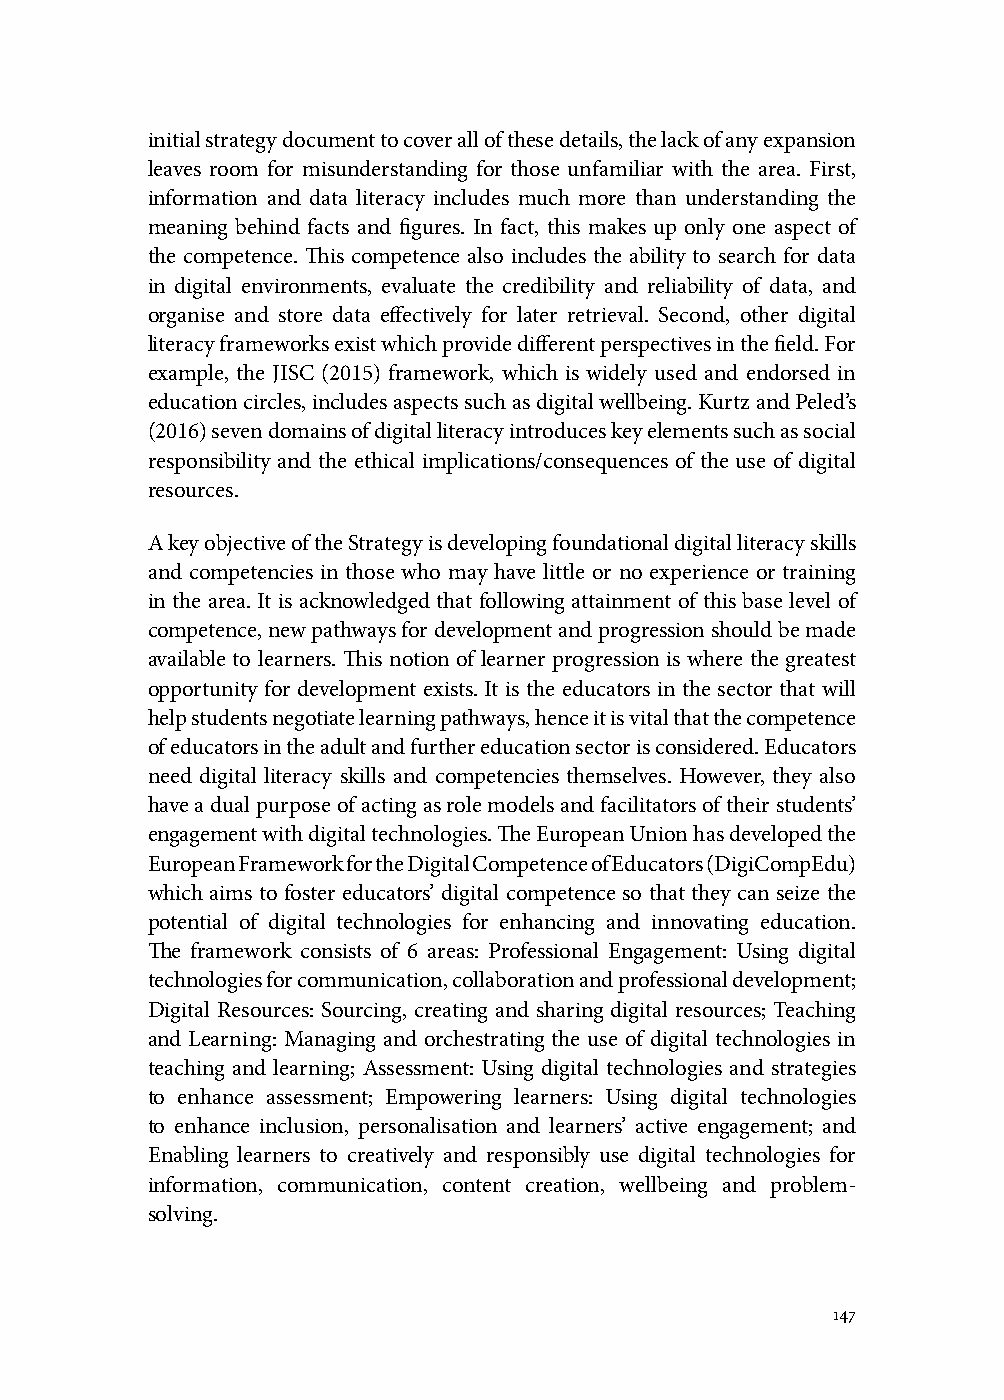
initial strategy document to cover all of these details, the lack of any expansion
 leaves room for misunderstanding for those unfamiliar with the area. First,
 information and data literacy includes much more than understanding the
 meaning behind facts and figures. In fact, this makes up only one aspect of
 the competence. This competence also includes the ability to search for data
 in digital environments, evaluate the credibility and reliability of data, and
 organise and store data effectively for later retrieval. Second, other digital
 literacy frameworks exist which provide different perspectives in the field. For
 example, the JISC (2015) framework, which is widely used and endorsed in
 education circles, includes aspects such as digital wellbeing. Kurtz and Peled’s
 (2016) seven domains of digital literacy introduces key elements such as social
 responsibility and the ethical implications/consequences of the use of digital
 resources.
 A key objective of the Strategy is developing foundational digital literacy skills
 and competencies in those who may have little or no experience or training
 in the area. It is acknowledged that following attainment of this base level of
 competence, new pathways for development and progression should be made
 available to learners. This notion of learner progression is where the greatest
 opportunity for development exists. It is the educators in the sector that will
 help students negotiate learning pathways, hence it is vital that the competence
 of educators in the adult and further education sector is considered. Educators
 need digital literacy skills and competencies themselves. However, they also
 have a dual purpose of acting as role models and facilitators of their students’
 engagement with digital technologies. The European Union has developed the
 European Framework for the Digital Competence of Educators (DigiCompEdu)
 which aims to foster educators’ digital competence so that they can seize the
 potential of digital technologies for enhancing and innovating education.
 The framework consists of 6 areas: Professional Engagement: Using digital
 technologies for communication, collaboration and professional development;
 Digital Resources: Sourcing, creating and sharing digital resources; Teaching
 and Learning: Managing and orchestrating the use of digital technologies in
 teaching and learning; Assessment: Using digital technologies and strategies
 to enhance assessment; Empowering learners: Using digital technologies
 to enhance inclusion, personalisation and learners’ active engagement; and
 Enabling learners to creatively and responsibly use digital technologies for
 information, communication, content creation, wellbeing and problem-
 solving.
 147